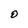
Character: O